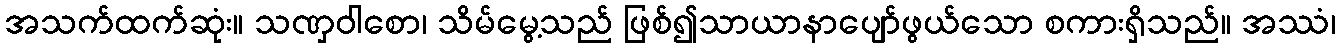
အသက်ထက်ဆုံး။ သဏှဝါစော၊ သိမ်မွေ့သည် ဖြစ်၍သာယာနာပျော်ဖွယ်သော စကားရှိသည်။ အဿံ၊